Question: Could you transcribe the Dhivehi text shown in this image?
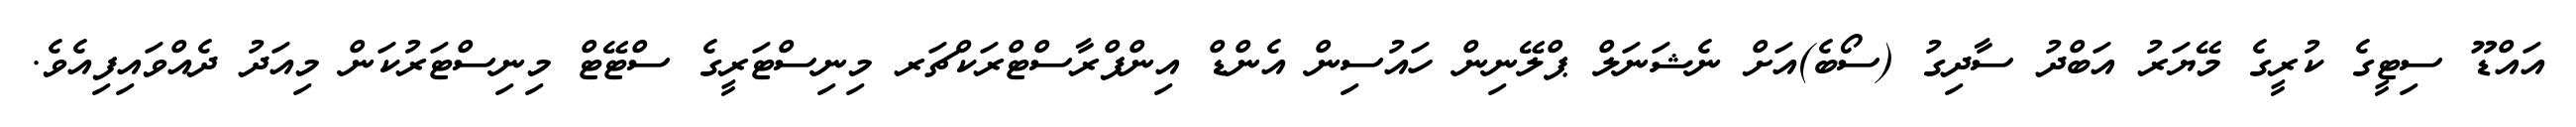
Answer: އައްޑޫ ސިޓީގެ ކުރީގެ މޭޔަރު އަބްދު ސާދިގު (ސޯބެ)އަށް ނެޝަނަލް ޕްލޭނިން ހައުސިން އެންޑް އިންފްރާސްޓްރަކްޗަރ މިނިސްޓަރީގެ ސްޓޭޓް މިނިސްޓަރުކަން މިއަދު ދެއްވައިފިއެވެ.